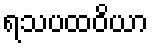
ရသပထဝိယာ